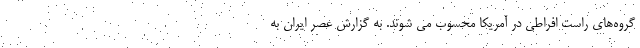
گروه‌های راست افراطی در آمریکا محسوب می شوند. به گزارش عصر ایران به